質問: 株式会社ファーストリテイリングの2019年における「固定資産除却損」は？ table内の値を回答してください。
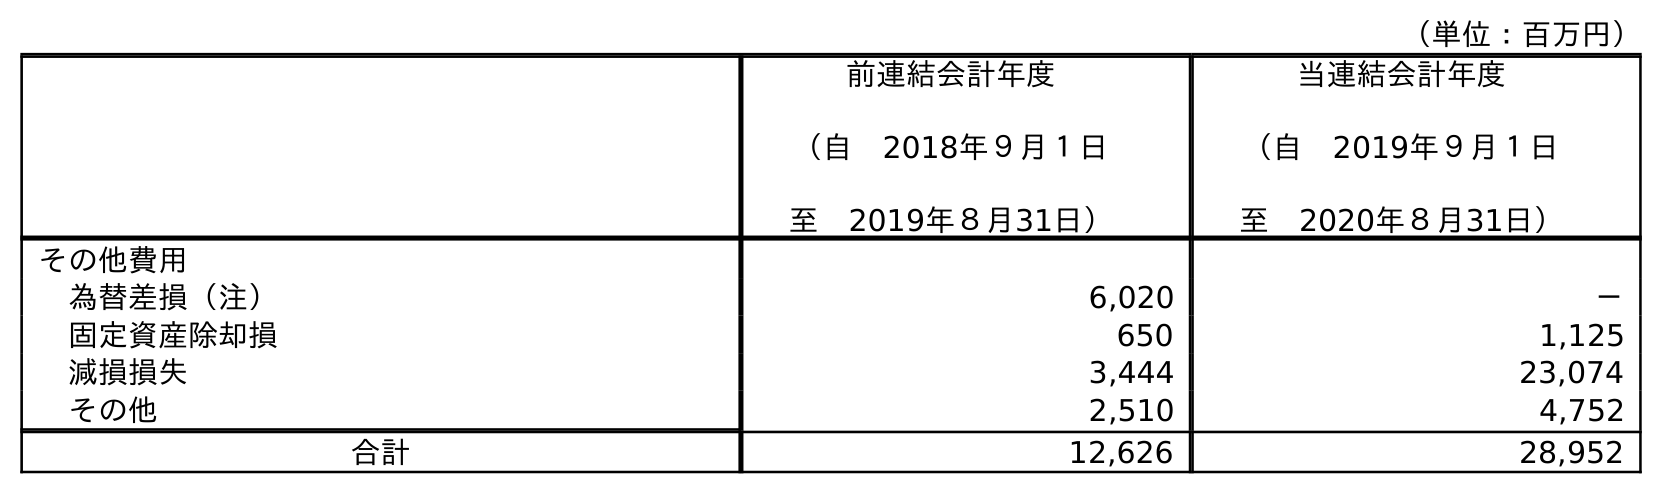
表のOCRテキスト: （単位：百万円） 前連結会計年度 （自 2018年９月１日 至 2019年８月31日） 当連結会計年度 （自 2019年９月１日 至 2020年８月31日） その他費用 為替差損（注） 6,020 － 固定資産除却損 650 1,125 減損損失 3,444 23,074 その他 2,510 4,752 合計 12,626 28,952
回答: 650